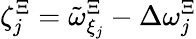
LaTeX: \zeta_{j}^{\Xi}=\tilde{\omega}_{\xi_{j}}^{\Xi}-\Delta\omega_{j}^{\Xi}